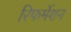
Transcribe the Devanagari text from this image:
रिफर्मेशन